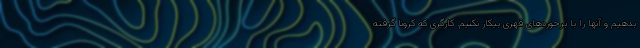
بدهیم و آنها را با برخوردهای قهری بیکار نکنیم. کارگری که کرونا گرفته